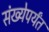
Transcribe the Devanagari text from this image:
संख्येपर्यंत